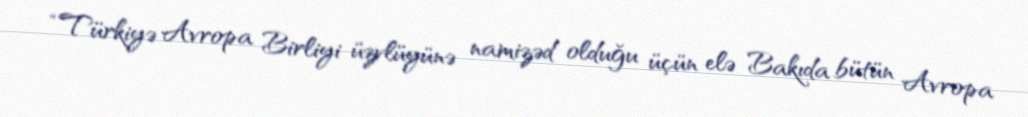
“Türkiyə Avropa Birliyi üzvlüyünə namizəd olduğu üçün elə Bakıda bütün Avropa